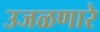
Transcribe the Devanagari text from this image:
उजळणारे